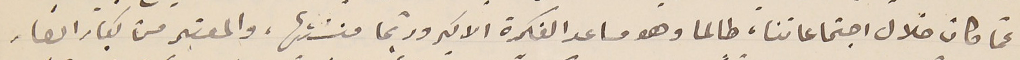
عمّا كان خلال اجتماعاتنا، طالما وهو مساعد الفكرة الاكبر وربّما منشئها، والمعتبر من كبار انصار